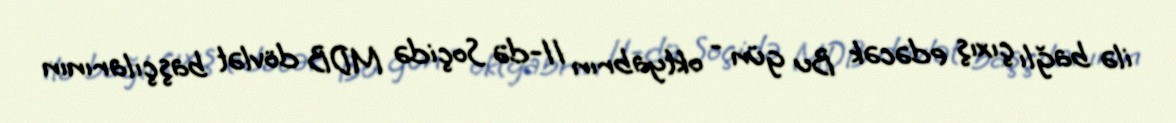
ilə bağlı çıxış edəcək Bu gün - oktyabrın 11-də Soçidə MDB dövlət başçılarının